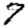
Digit: 7